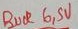
Text: BUCK6SV